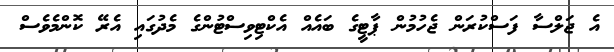
އެ ޖަލްސާ ފަސްކުރަން ޖެހުމުން ޕާޓީގެ ބައެއް އެކްޓިވިސްޓުންގެ މެދުގައި އެރޭ ކޮންމެވެސް